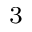
^ { 3 }